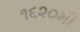
૧૬૨૦મી